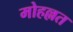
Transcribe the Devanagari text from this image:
मोहल्लत